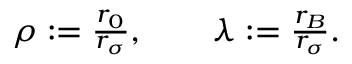
\begin{array} { r } { \rho : = { \frac { r _ { 0 } } { r _ { \sigma } } } , \qquad \lambda : = { \frac { r _ { B } } { r _ { \sigma } } } . } \end{array}